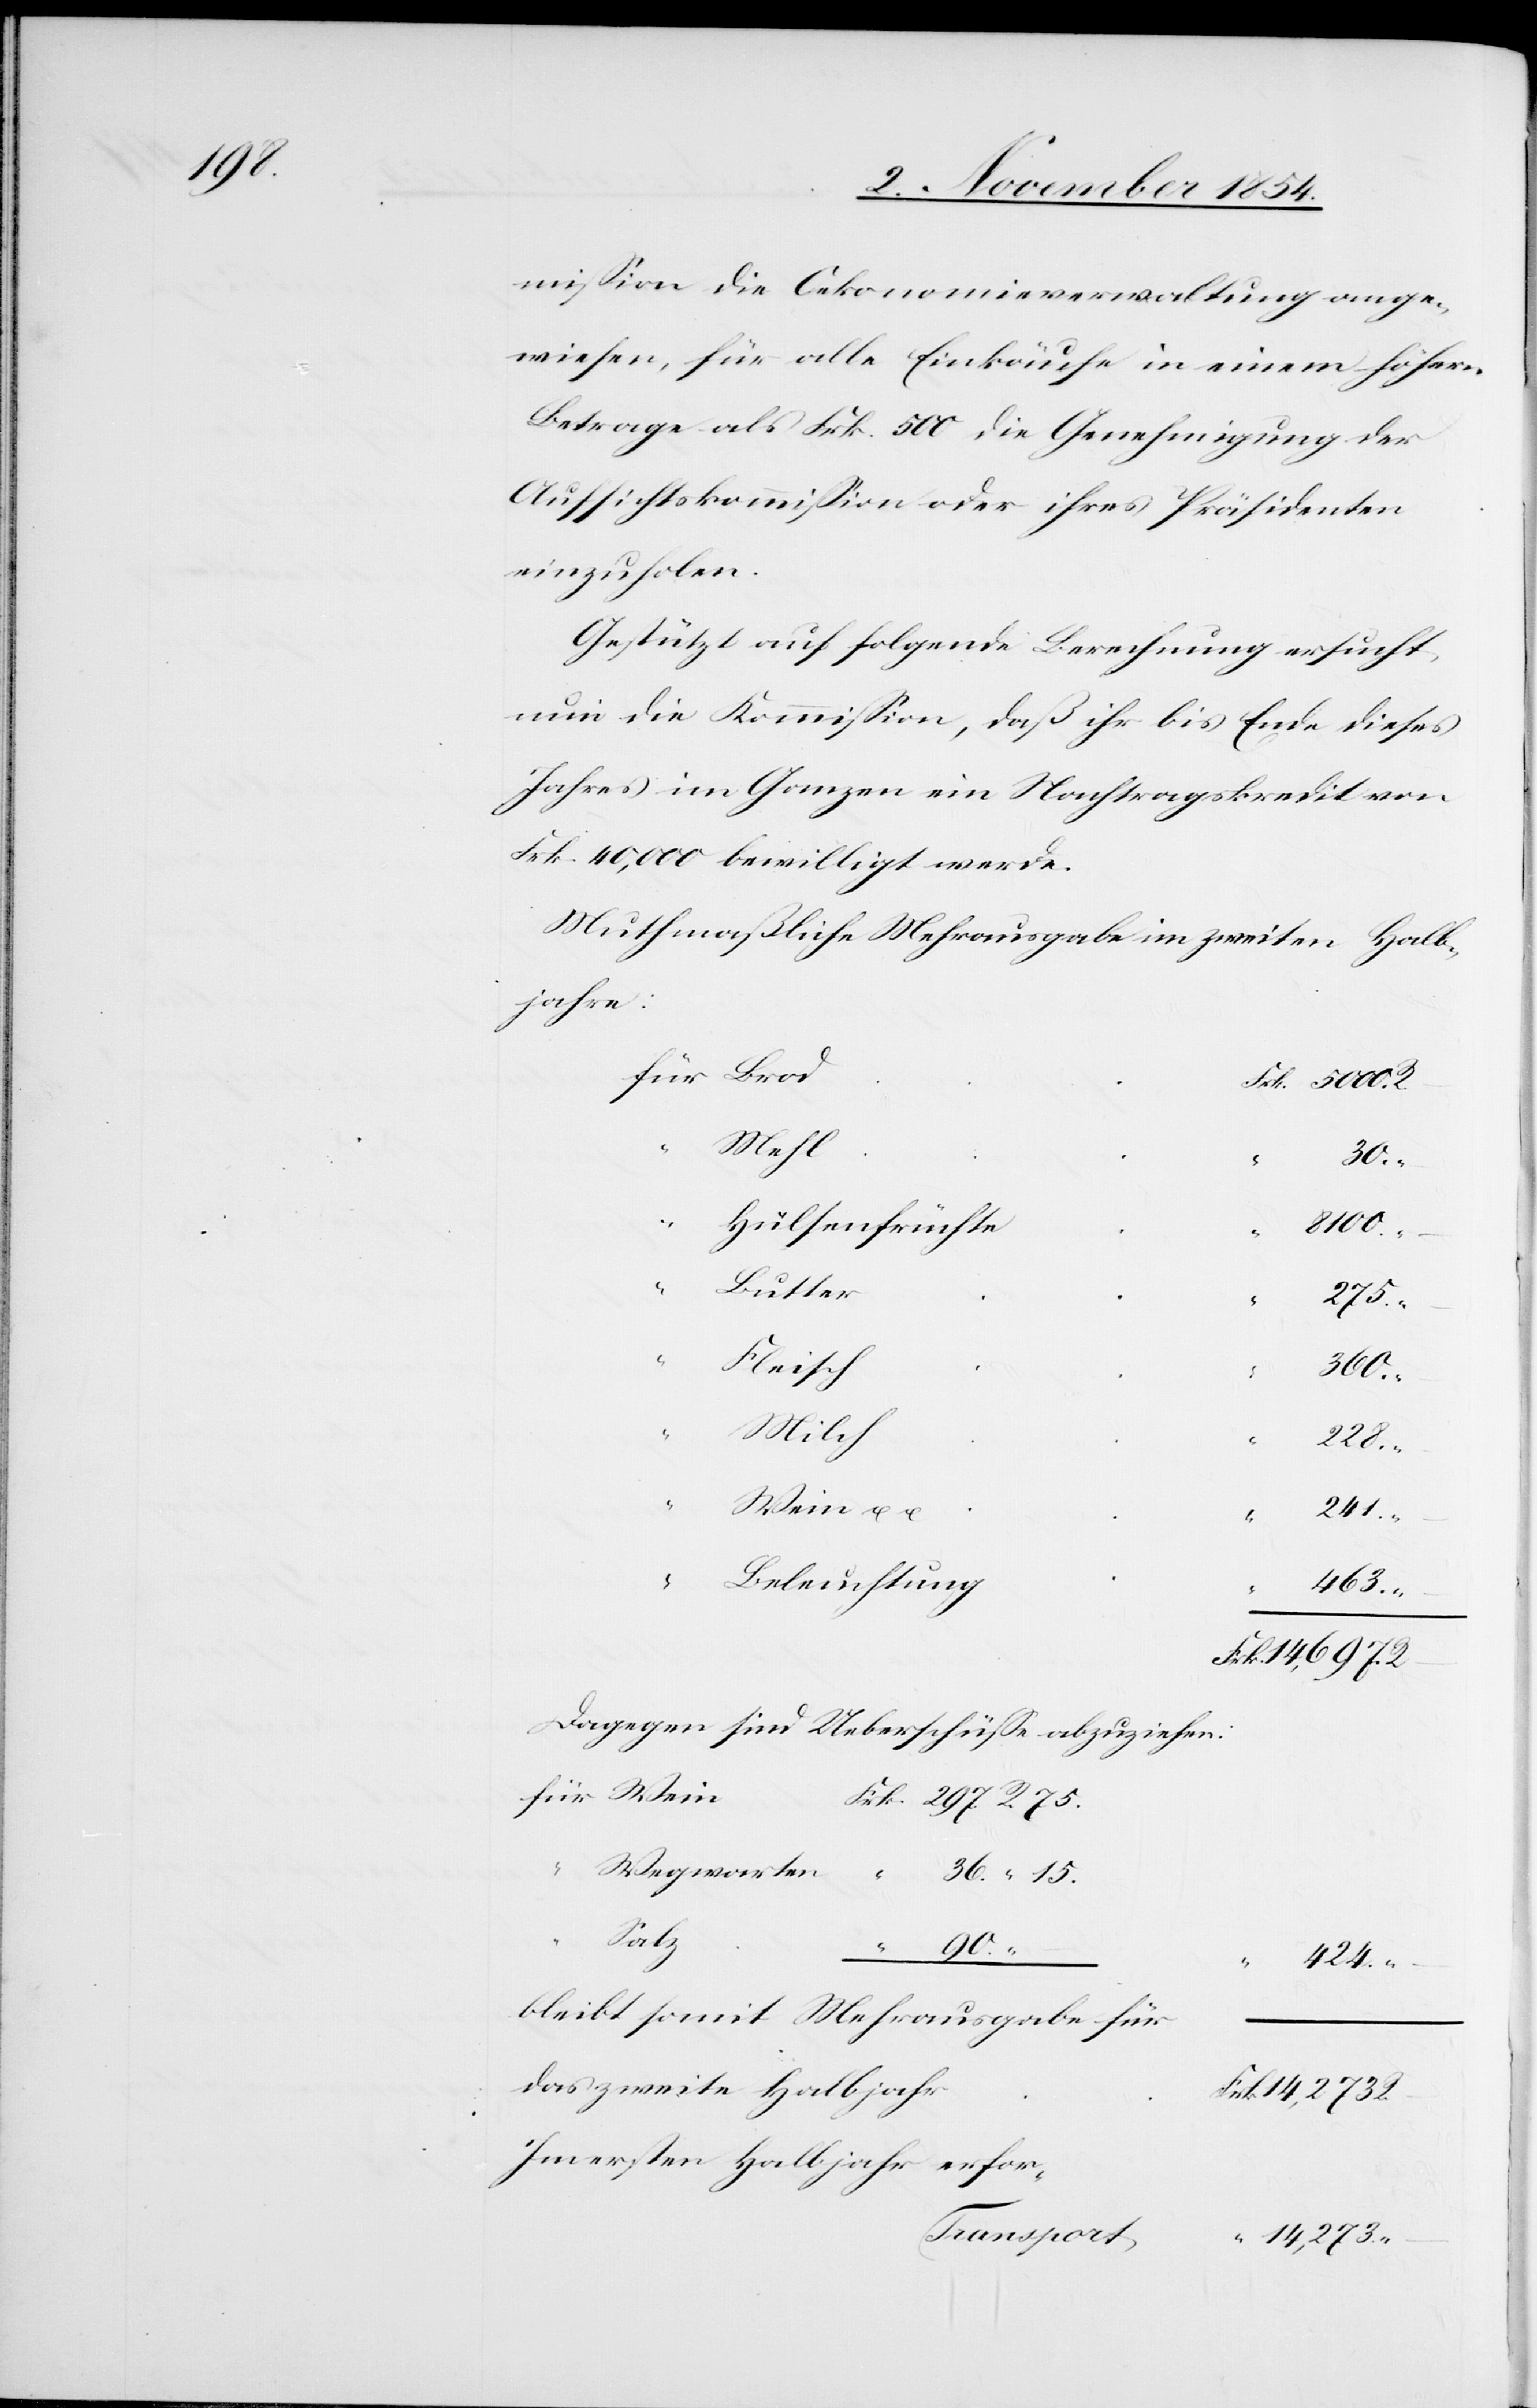
mißion die Oekonomieverwaltung ange¬
wiesen, für alle Einkäufe in einem höhern
Betrage als Frk. 500 die Genehmigung der
Aufsichtskommißion oder ihres Präsidenten
einzuholen.
Gestützt auf folgende Berechnung ersucht
nun die Kommißion, daß ihr bis Ende dieses
Jahres im Ganzen ein Nachtragskredit von
Frk. 40,000 bewilligt werde.
Muthmaßliche Mehrausgabe im zweiten Halb¬
jahre:
Mehl
R.
Hülsenfrüchte
8100.
Butter
75.
Fleisch
14,697.
Milch
Frk.
241.
“
Beleuchtung
463.
Dagegen sind Ueberschüße abzuziehen:
36.
Wegwarten
Wein
Salz
90.
–
“
424.
bleibt somit Mehrausgabe für
das zweite Halbjahr
Im ersten Halbjahr erfor-
14,273.